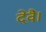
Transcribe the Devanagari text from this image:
देवै।